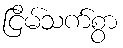
ငြိမ်သက်စွာ